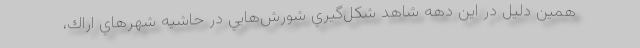
همين دليل در اين دهه شاهد شكل‌گيري شورش‌هايي در حاشيه شهرهاي اراك،